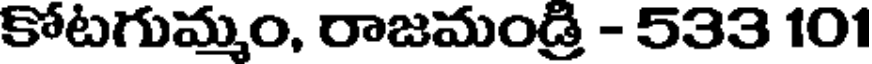
కోటగుమ్మం, రాజమండ్రి - 533 101